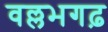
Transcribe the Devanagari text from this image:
वल्लभगढ़